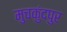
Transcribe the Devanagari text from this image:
मुचकुंदपुर